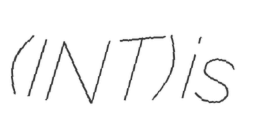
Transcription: (INT) is